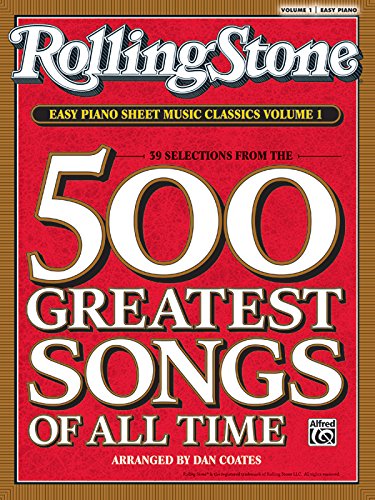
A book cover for Rolling Stone Magazine Sheet Music Classics, Volume 1: 39 Selections from the 500 Greatest Songs of All Time (Easy Piano); Staff; Humor & Entertainment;